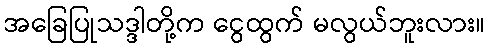
အခြေပြုသဒ္ဒါတို့က ငွေထွက် မလွယ်ဘူးလား။